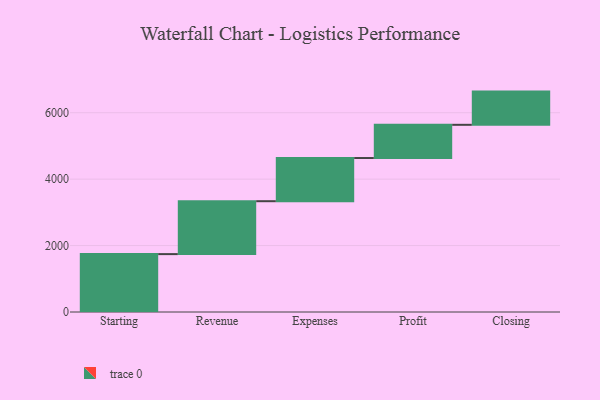
{"axis": {"x": "Step", "y": "Value"}, "legend": [""], "data": [{"x": "Starting", "y": 1743.0, "type": ""}, {"x": "Revenue", "y": 1593.0, "type": ""}, {"x": "Expenses", "y": 1300.0, "type": ""}, {"x": "Profit", "y": 1000, "type": ""}, {"x": "Closing", "y": 1000, "type": ""}]}